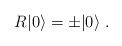
LaTeX: \begin{align*}R|0\rangle = \pm|0\rangle\; .\end{align*}